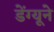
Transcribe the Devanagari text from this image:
डेंग्यूने